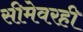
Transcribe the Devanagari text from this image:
सीमेवरही